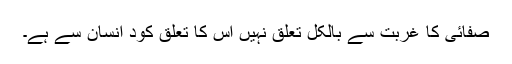
صفائی کا غربت سے بالکل تعلق نہیں اس کا تعلق کود انسان سے ہے۔